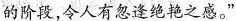
的阶段，令人有忽逢绝艳之感。”